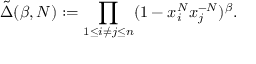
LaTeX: \tilde { \Delta } ( \beta , N ) : = \prod _ { 1 \leq i \neq j \leq n } ( 1 - x _ { i } ^ { N } x _ { j } ^ { - N } ) ^ { \beta } .